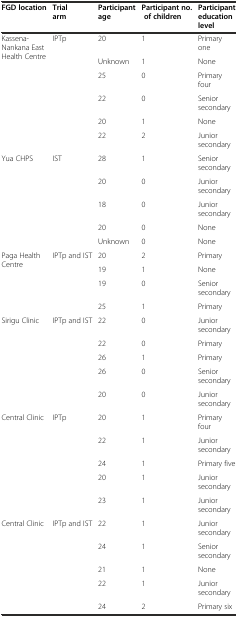
| FGD location | Trial arm | Participant age | Participant no. of children | Participant education level |
 | --- | --- | --- | --- | --- |
 | Kassena-Nankana East Health Centre | IPTp | 20 | 1 | Primary one |
 |  |  | Unknown | 1 | None |
 |  |  | 25 | 0 | Primary four |
 |  |  | 22 | 0 | Senior secondary |
 |  |  | 20 | 1 | None |
 |  |  | 22 | 2 | Junior secondary |
 | Yua CHPS | IST | 28 | 1 | Senior secondary |
 |  |  | 20 | 0 | Junior secondary |
 |  |  | 18 | 0 | Junior secondary |
 |  |  | 20 | 0 | None |
 |  |  | Unknown | 0 | None |
 | Paga Health Centre | IPTp and IST | 20 | 2 | Primary |
 |  |  | 19 | 1 | None |
 |  |  | 19 | 0 | Senior secondary |
 |  |  | 25 | 1 | Primary |
 | Sirigu Clinic | IPTp and IST | 22 | 0 | Junior secondary |
 |  |  | 22 | 0 | Primary |
 |  |  | 26 | 1 | Primary |
 |  |  | 26 | 0 | Senior secondary |
 |  |  | 20 | 0 | Junior secondary |
 | Central Clinic | IPTp | 20 | 1 | Primary four |
 |  |  | 22 | 1 | Junior secondary |
 |  |  | 24 | 1 | Primary five |
 |  |  | 20 | 1 | Junior secondary |
 |  |  | 23 | 1 | Junior secondary |
 | Central Clinic | IPTp and IST | 22 | 1 | Junior secondary |
 |  |  | 24 | 1 | Senior secondary |
 |  |  | 21 | 1 | None |
 |  |  | 22 | 1 | Junior secondary |
 |  |  | 24 | 2 | Primary six |